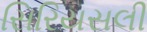
સિરિયસલી